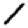
Digit: 1